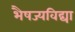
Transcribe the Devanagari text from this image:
भैषज्यविद्या